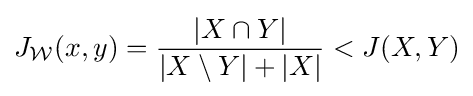
J_{\mathcal {W}}(x,y)={\frac {|X\cap Y|}{|X\setminus Y|+|X|}}<J(X,Y)